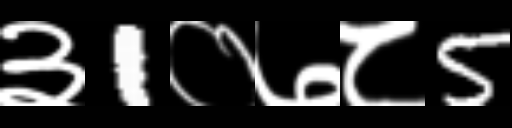
Text: ३1०७८5